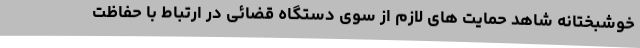
خوشبختانه شاهد حمایت های لازم از سوی دستگاه قضائی در ارتباط با حفاظت